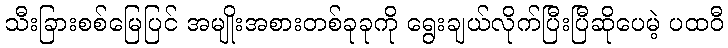
သီးခြားစစ်မြေပြင် အမျိုးအစားတစ်ခုခုကို ရွေးချယ်လိုက်ပြီးပြီဆိုပေမဲ့ ပထဝီ